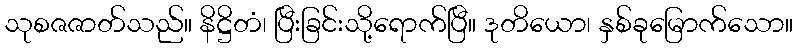
သုစဇဇာတ်သည်။ နိဋ္ဌိတံ၊ ပြီးခြင်းသို့ရောက်ပြီ။ ဒုတိယော၊ နှစ်ခုမြောက်သော။